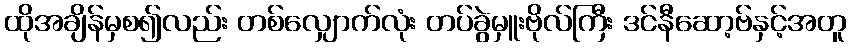
ထိုအချိန်မှစ၍လည်း တစ်လျှောက်လုံး တပ်ခွဲမှူးဗိုလ်ကြီး ဒင်နီဆော့ဗ်နှင့်အတူ